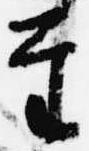
至